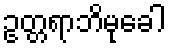
ဥတ္တရာဘိမုခေါ